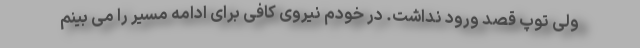
ولی توپ قصد ورود نداشت. در خودم نیروی کافی برای ادامه مسیر را می بینم